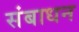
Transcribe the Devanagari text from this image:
संबाधन